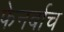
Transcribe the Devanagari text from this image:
फेनर्बाच